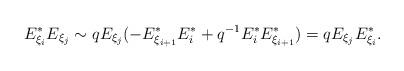
LaTeX: \begin{align*}E_{\xi_{i}}^{*} E_{\xi_{j}}\sim q E_{\xi_{j}} ( - E_{\xi_{i + 1}}^{*} E_{i}^{*} + q^{-1} E_{i}^{*} E_{\xi_{i + 1}}^{*}) = q E_{\xi_{j}} E_{\xi_{i}}^{*}.\end{align*}